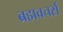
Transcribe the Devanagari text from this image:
ब्रह्मवचर्स